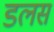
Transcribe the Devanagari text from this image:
डलस